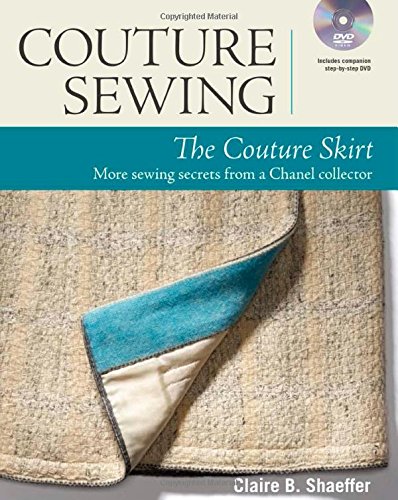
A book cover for Couture Sewing: The Couture Skirt: more sewing secrets from a Chanel collector; Claire B. Shaeffer; Crafts, Hobbies & Home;